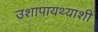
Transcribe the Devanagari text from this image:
उशापायथ्याशीं